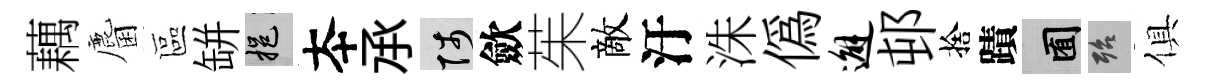
藕麕區缾挹夲𠄘陟歛茱敵汙洙偽邂邨捨蹟囿殆俱